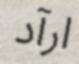
ارآد